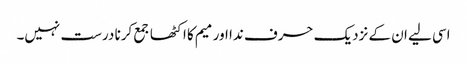
اسی لیے ان کے نزدیک حرف ندا اور میم کا اکٹھا جمع کرنا درست نہیں۔